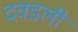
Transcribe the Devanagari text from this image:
दवडली